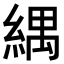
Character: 𦂕